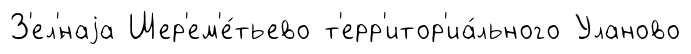
З'ел'́наjа Шер'ем'е́тьево т'ерр'итор'иа́льного Уланово